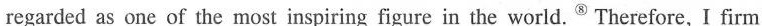
regarded as one of the most inspiring figure in the world.Therefore, I firm